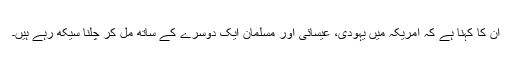
ان کا کہنا ہے کہ امریکہ میں یہودی، عیسائی اور مسلمان ایک دوسرے کے ساتھ مل کر چلنا سیکھ رہے ہیں۔